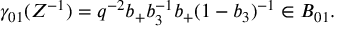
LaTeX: \gamma _ { 0 1 } ( Z ^ { - 1 } ) = q ^ { - 2 } b _ { + } b _ { 3 } ^ { - 1 } b _ { + } ( 1 - b _ { 3 } ) ^ { - 1 } \in B _ { 0 1 } .